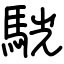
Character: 駫